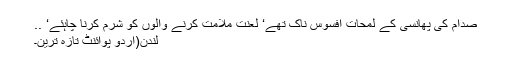
صدام کی پھانسی کے لمحات افسوس ناک تھے‘ لعنت ملامت کرنے والوں کو شرم کرنا چاہئے‘ ..
لندن(اُردو پوائنٹ تازہ ترین۔